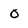
Character: O